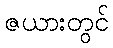
ဇယားတွင်